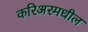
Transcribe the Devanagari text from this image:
करिअरमधील